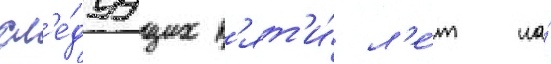
сл'е́дуущих п'ят'и́ л'е́т на́